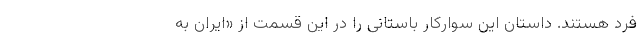
فرد هستند. داستان این سوارکار باستانی را در این قسمت از «ایران به